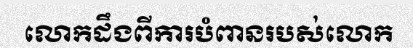
លោកដឹងពីការបំពានរបស់លោក